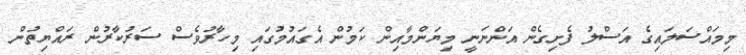
މިމައްސަލައިގެ އަސްލު ފެށިގެން އަންނަނީ މިޔަންމާއިން ކަމުން އެގައުމުގައި މިހާރުވެސް ސަރުކާރުން ރައްޔިތުން